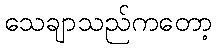
သေချာသည်ကတော့